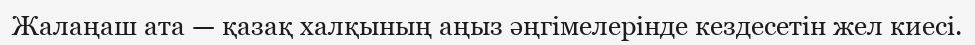
Жалаңаш ата — қазақ халқының аңыз әңгімелерінде кездесетін жел киесі.